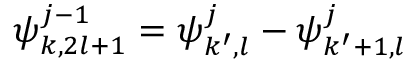
\boldsymbol { \psi } _ { k , 2 l + 1 } ^ { j - 1 } = \boldsymbol { \psi } _ { k ^ { \prime } , l } ^ { j } - \boldsymbol { \psi } _ { k ^ { \prime } + 1 , l } ^ { j }